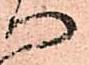
へ